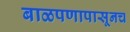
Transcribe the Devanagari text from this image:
बाळपणापासूनच